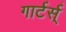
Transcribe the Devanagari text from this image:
गार्टर्स्